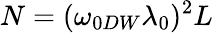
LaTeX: N=(\omega_{0DW}\lambda_{0})^{2}L